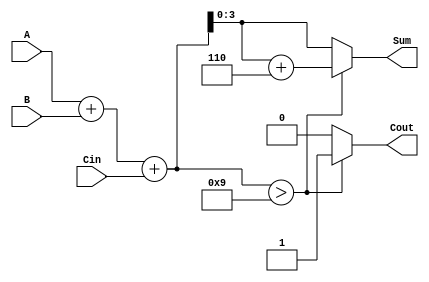
module BCD_Adder (
    input  wire [3:0] A,      // First BCD digit
    input  wire [3:0] B,      // Second BCD digit
    input  wire Cin,          // Carry input
    output reg  [3:0] Sum,    // BCD sum output
    output reg  Cout          // Carry output
);

    wire [4:0] TempSum;       // 5-bit temporary sum

    // Calculate the initial binary sum
    assign TempSum = A + B + Cin;

    always @(*) begin
        // Check if TempSum exceeds BCD limit (greater than 9)
        if (TempSum > 9) begin
            Sum = TempSum + 6;  // Correct the sum by adding 6
            Cout = 1;           // Set carry output
        end else begin
            Sum = TempSum[3:0]; // Use the lower 4 bits as the sum
            Cout = 0;           // No carry
        end
    end

endmodule